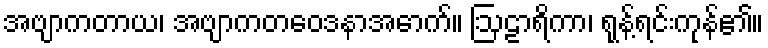
အဗျာကတာယ၊ အဗျာကတဝေဒနာအောက်။ ဩဠာရိကာ၊ ရုန့်ရင်းကုန်၏။